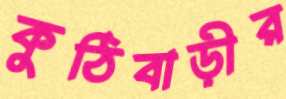
কুঠিবাড়ীর